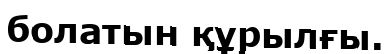
болатын құрылғы.